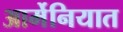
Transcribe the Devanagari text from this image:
आर्मेनियात